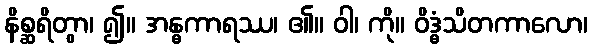
နိစ္ဆရိတွာ၊ ၍။ အန္ဓကာရဿ၊ ၏။ ဝါ၊ ကို။ ဝိဒ္ဓံသိတကာလော၊